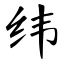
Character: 纬